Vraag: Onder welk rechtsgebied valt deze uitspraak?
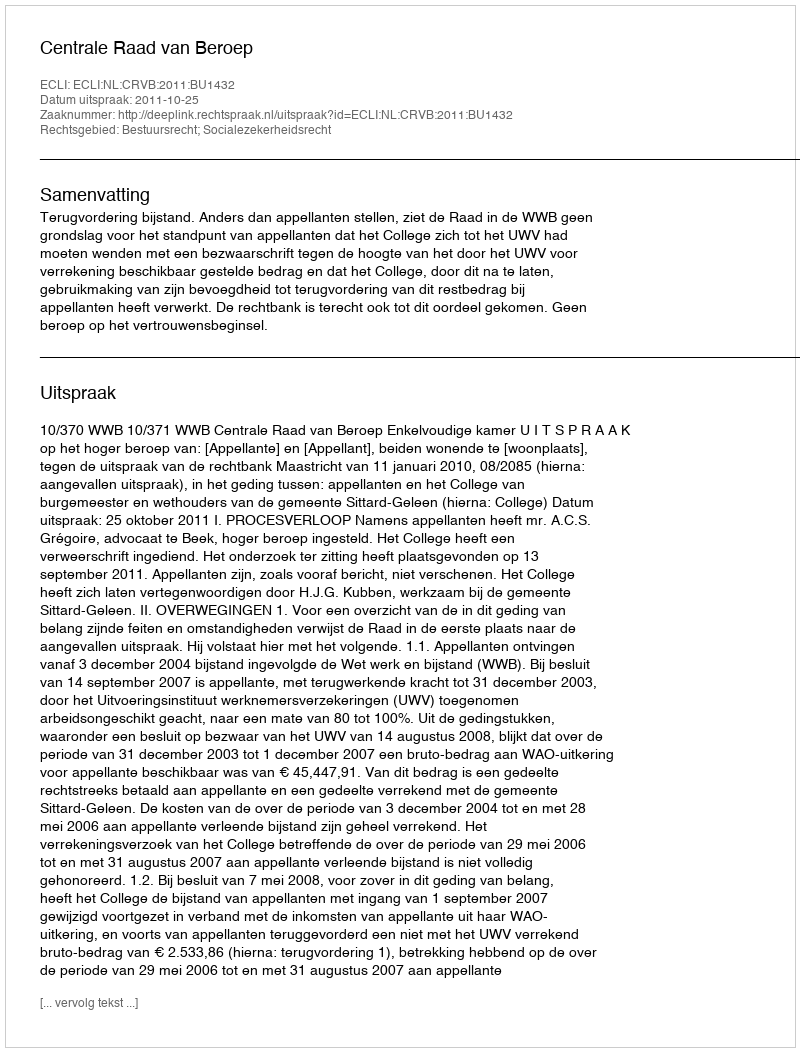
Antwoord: Bestuursrecht; Socialezekerheidsrecht